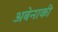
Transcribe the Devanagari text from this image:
अबेनाकी